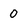
Character: 0